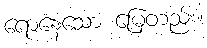
ရောနေသော မြေတည်း။